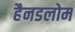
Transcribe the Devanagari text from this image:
हैनडलोम